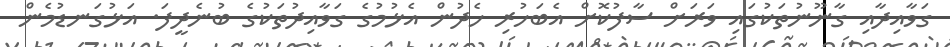
ގަވާއިދާއި ގާނޫނުތަކުގައި ވަރަށް ސާފުކޮށް އެބަހުރި ހެދުން އެޅުމުގެ ގަވާއިދުތަކުގެ ބުނެދީފަ. އަޅުގަނޑުމެން